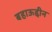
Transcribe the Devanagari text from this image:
बहाऊद्दीन